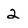
Character: 2